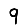
Digit: 9